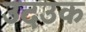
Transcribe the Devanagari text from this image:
उदउक